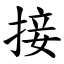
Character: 接